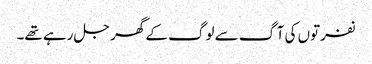
نفرتوں کی آگ سے لوگ کے گھر جل رہے تھے۔